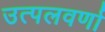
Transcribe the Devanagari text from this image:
उत्पलवर्णा